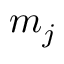
m _ { j }